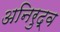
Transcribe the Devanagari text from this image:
अनिरुद्व